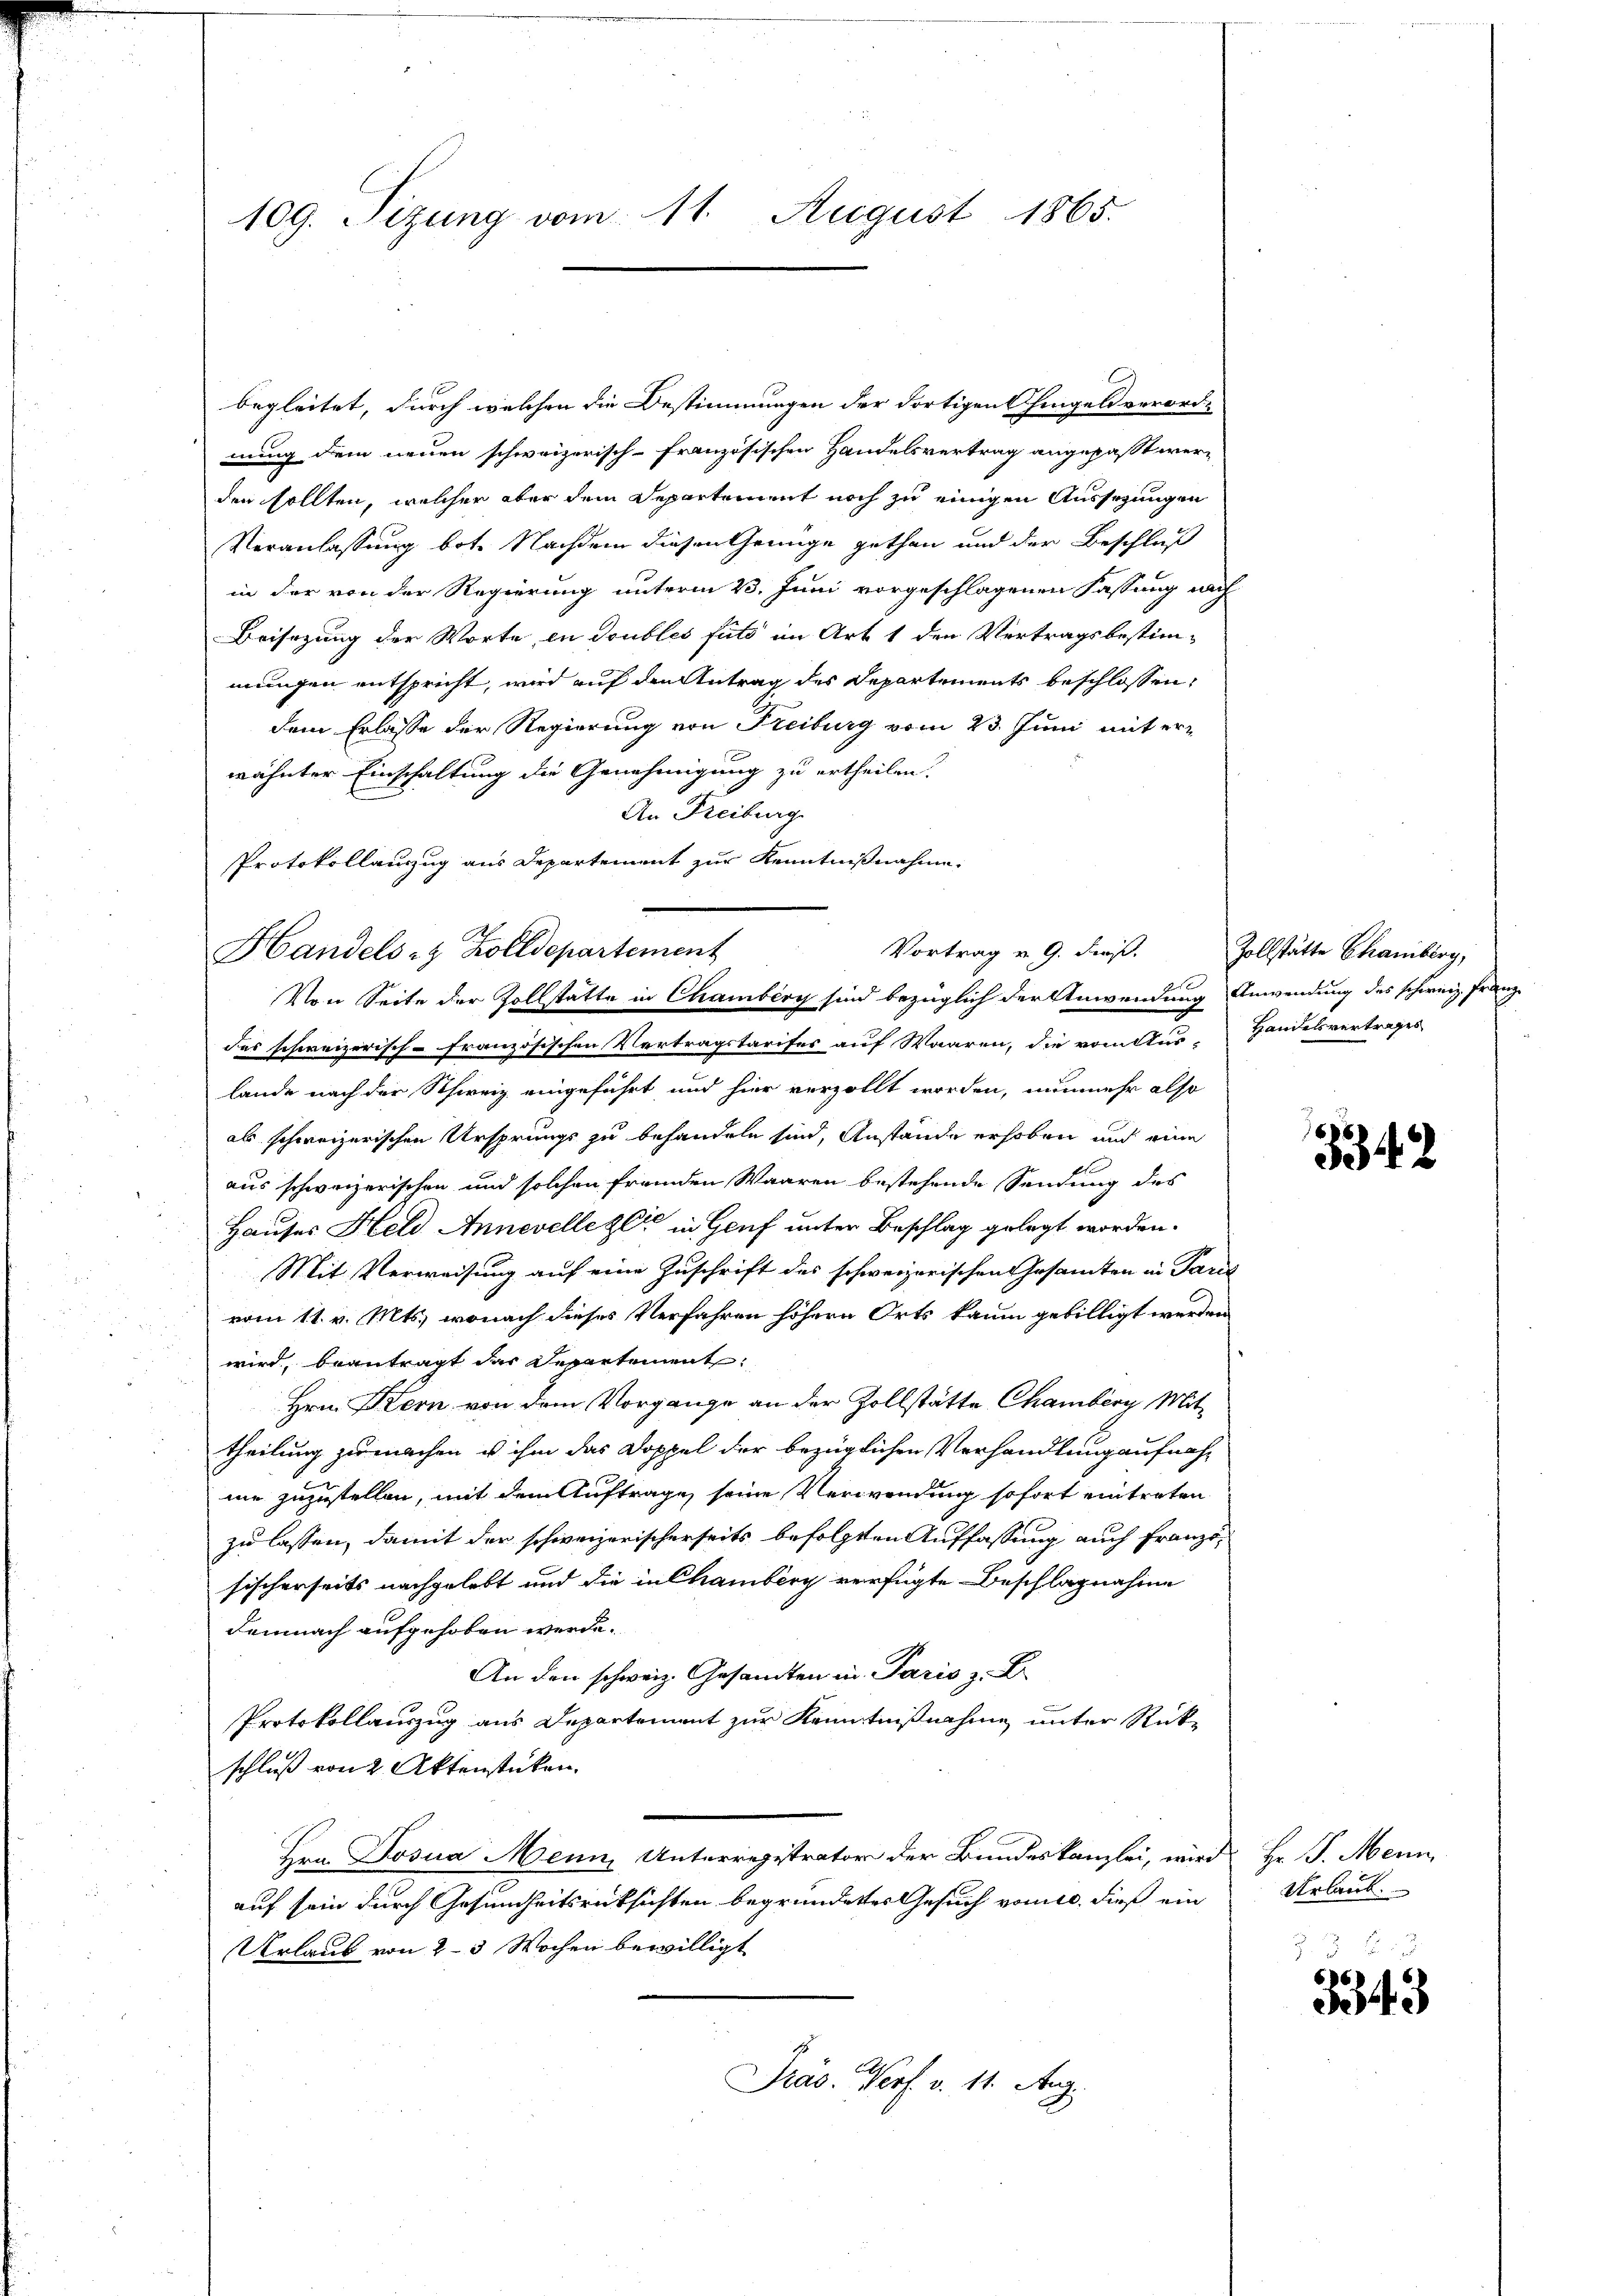
109. Sizung vom 11. August 1865.

begleitet, durch welchen die Bestimmungen der dortigen Chingels verord-
nung dem neuen schweizerisch-französischen Handelsvertrag angepaßt werden sollten, welcher aber dem Departement noch zu einigen Aussezungen
Veranlassung bot. Nachdem diesen Geinge gethan und der Beschluß
in der von der Regierung unterm 23. Juni vorgeschlagenen Fassung nach
Beisezung der Worte in doubles fuld im Art 1 den Vertragsbestimmungen entspricht, wird auf den Antrag des Departements beschlossen,
dem Erlasse der Regierung von Freiburg vom 23. Juni mit erwähnter Einschaltung die Genehmigung zu ertheilen.
An Freiburg
Protokollauszug aus Departement zur Kenntnißnahme
Handels- & Zolldepartement
des schweizerisch-Französischen Vertragstarifes auf Waaren, die vom Aus-Handelsvertrages
lande nach der Schweiz eingeführt und hier verzollt worden, nunmehr also
als schweizerischen Ursprungs zu behandeln sind, Anstände erhoben und eine
aus schweizerischen und solchen fremden Waaren bestehende Sendung des
Hauses Held Annevelle zeit in Genf unter Beschlag gelegt worden.
Mit Verweisung auf eine Zuschrift des schweizerischen Gesamten in Paris
vom 11. v. Mts., wonach dieses Verfahren höhern Orts kaum gebilligt werden
wird, beantragt das Departement
Hrn. Kern von dem Vorgange an der Zollstätte Chamberg Mittheilung zu machen u. ihm das Doppel der bezüglichen Verhandlung aufnahmie zuzustellen, mit dem Auftrage seine Verwendung sofort eintreten
zu lassen, damit der schweizerischerseits befolgten Auffassung auch Franzosischerseits nachgelebt und die in Chamberg verfügte Beschlagnahme
Demnach aufgehoben werde.
An den schweiz. Gesandten in Paris z. B.
Protokollauszug aus Departement zur Kenntnißnahme unter Rückschluß von 2 Aktenstücken.
Hrn. Josia Mein Unterregistrator der Bundeskanzlei, wird Hr. P. Mein
auf sein durch Gesundheitsrücksichten begründetes Gesuch vom 10. dieß ein
Urlaub von 2-3 Wochen bewilligt
Präs. Verf. v. 11. Aug.

Vortrag v. 9. dieß.
Von Seite der Zollstatte in Chamberg sind bezüglich der Anwendung Anwendung des schweiz. Franz-

Zollstätte Chamberg,

334

Urlaub.

3543